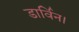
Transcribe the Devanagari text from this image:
डार्विन।